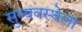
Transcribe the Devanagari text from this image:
सुव्यवस्थेला